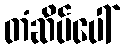
တံဆိပ်ပေါ်